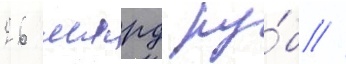
26 млрд ру́б //